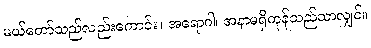
မယ်တော်သည်လည်းကောင်း။ အရောဂါ၊ အနာမရှိကုန်သည်သာလျှင်။